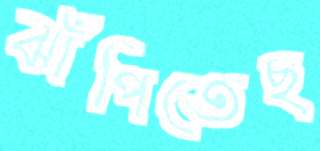
ঝাঁপিতেছ